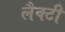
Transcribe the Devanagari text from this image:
लैक्टी